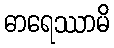
ဓာရေဿာမိ